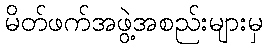
မိတ်ဖက်အဖွဲ့အစည်းများမှ